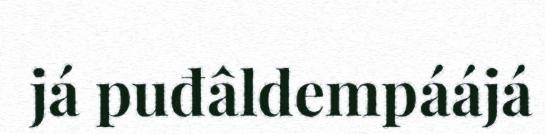
já puđâldempáájá